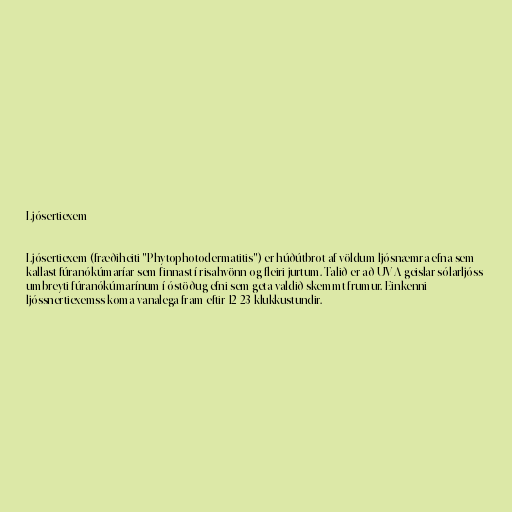
Ljósertiexem

Ljósertiexem (fræðiheiti "Phytophotodermatitis") er húðútbrot af völdum ljósnæmra efna sem
kallast fúranókúmaríar sem finnast í risahvönn og fleiri jurtum. Talið er að UV-A geislar sólarljóss
umbreyti fúranókúmarínum í óstöðug efni sem geta valdið skemmt frumur. Einkenni
ljóssnertiexemss koma vanalega fram eftir 12-23 klukkustundir.